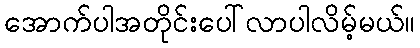
အောက်ပါအတိုင်းပေါ်လာပါလိမ့်မယ်။